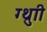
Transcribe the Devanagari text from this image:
ग्थ्रुाी